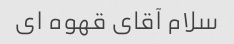
سلام آقای قهوه ای